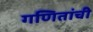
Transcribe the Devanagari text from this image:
गणितांची